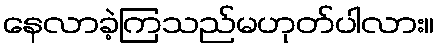
နေလာခဲ့ကြသည်မဟုတ်ပါလား။